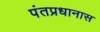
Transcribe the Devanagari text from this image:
पंतप्रधानास